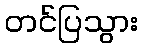
တင်ပြသွား